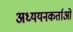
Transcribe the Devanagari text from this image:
अध्‍ययनकर्ताओं